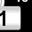
Digit: 1